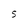
Character: S